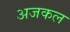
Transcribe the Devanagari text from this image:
अजकल